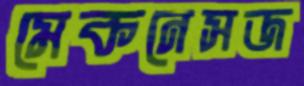
মেকনেসজ